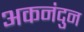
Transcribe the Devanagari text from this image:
अकनंदुन